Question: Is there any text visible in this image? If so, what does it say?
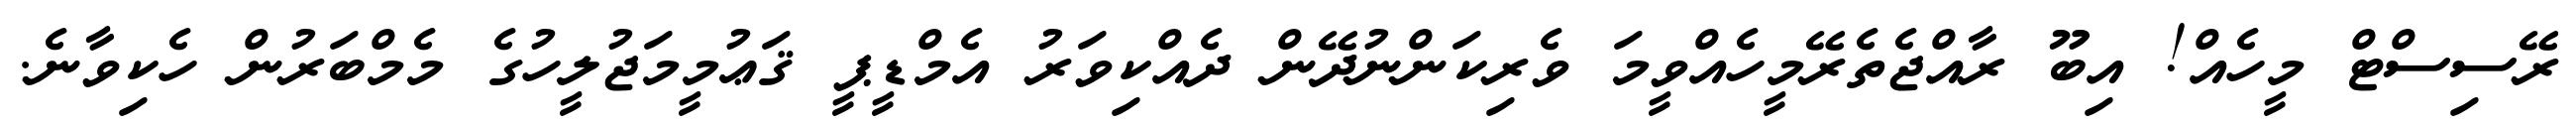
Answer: ރޭސިސްޓް މީހެއް! އިބޫ ރާއްޖެތެރޭމީހެއްވީމަ ވެރިކަންނުދޭން ދެއްކިވަރު އެމްޑީޕީ ޤަޢުމީމަޖުލީހުގެ މެމްބަރުން ހެކިވާނެ.